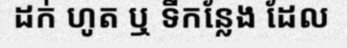
ដក់ ហូត ឬ ទីកន្លែង ដែល